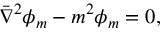
\bar { \nabla } ^ { 2 } \phi _ { m } - m ^ { 2 } \phi _ { m } = 0 ,